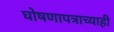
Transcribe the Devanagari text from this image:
घोषणापत्राच्याही